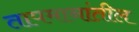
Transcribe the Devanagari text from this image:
तापमानांतील